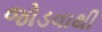
જોડવાથી